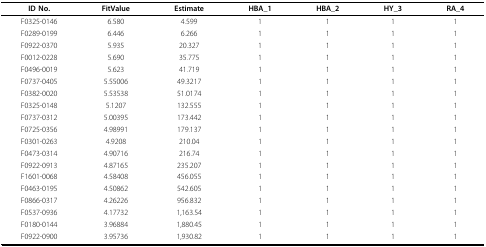
<table><thead><tr><td><b>ID No.</b></td><td><b>FitValue</b></td><td><b>Estimate</b></td><td><b>HBA_1</b></td><td><b>HBA_2</b></td><td><b>HY_3</b></td><td><b>RA_4</b></td></tr></thead><tbody><tr><td>F0325-0146</td><td>6.580</td><td>4.599</td><td>1</td><td>1</td><td>1</td><td>1</td></tr><tr><td>F0289-0199</td><td>6.446</td><td>6.266</td><td>1</td><td>1</td><td>1</td><td>1</td></tr><tr><td>F0922-0370</td><td>5.935</td><td>20.327</td><td>1</td><td>1</td><td>1</td><td>1</td></tr><tr><td>F0012-0228</td><td>5.690</td><td>35.775</td><td>1</td><td>1</td><td>1</td><td>1</td></tr><tr><td>F0496-0019</td><td>5.623</td><td>41.719</td><td>1</td><td>1</td><td>1</td><td>1</td></tr><tr><td>F0737-0405</td><td>5.55006</td><td>49.3217</td><td>1</td><td>1</td><td>1</td><td>1</td></tr><tr><td>F0382-0020</td><td>5.53538</td><td>51.0174</td><td>1</td><td>1</td><td>1</td><td>1</td></tr><tr><td>F0325-0148</td><td>5.1207</td><td>132.555</td><td>1</td><td>1</td><td>1</td><td>1</td></tr><tr><td>F0737-0312</td><td>5.00395</td><td>173.442</td><td>1</td><td>1</td><td>1</td><td>1</td></tr><tr><td>F0725-0356</td><td>4.98991</td><td>179.137</td><td>1</td><td>1</td><td>1</td><td>1</td></tr><tr><td>F0301-0263</td><td>4.9208</td><td>210.04</td><td>1</td><td>1</td><td>1</td><td>1</td></tr><tr><td>F0473-0314</td><td>4.90716</td><td>216.74</td><td>1</td><td>1</td><td>1</td><td>1</td></tr><tr><td>F0922-0913</td><td>4.87165</td><td>235.207</td><td>1</td><td>1</td><td>1</td><td>1</td></tr><tr><td>F1601-0068</td><td>4.58408</td><td>456.055</td><td>1</td><td>1</td><td>1</td><td>1</td></tr><tr><td>F0463-0195</td><td>4.50862</td><td>542.605</td><td>1</td><td>1</td><td>1</td><td>1</td></tr><tr><td>F0866-0317</td><td>4.26226</td><td>956.832</td><td>1</td><td>1</td><td>1</td><td>1</td></tr><tr><td>F0537-0936</td><td>4.17732</td><td>1,163.54</td><td>1</td><td>1</td><td>1</td><td>1</td></tr><tr><td>F0180-0144</td><td>3.96884</td><td>1,880.45</td><td>1</td><td>1</td><td>1</td><td>1</td></tr><tr><td>F0922-0900</td><td>3.95736</td><td>1,930.82</td><td>1</td><td>1</td><td>1</td><td>1</td></tr></tbody></table>